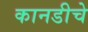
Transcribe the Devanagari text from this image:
कानडीचे